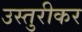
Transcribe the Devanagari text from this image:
उस्तुरीकर